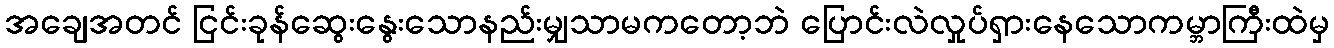
အချေအတင် ငြင်းခုန်ဆွေးနွေးသောနည်းမျှသာမကတော့ဘဲ ပြောင်းလဲလှုပ်ရှားနေသောကမ္ဘာကြီးထဲမှ